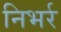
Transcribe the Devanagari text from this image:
निभर्र